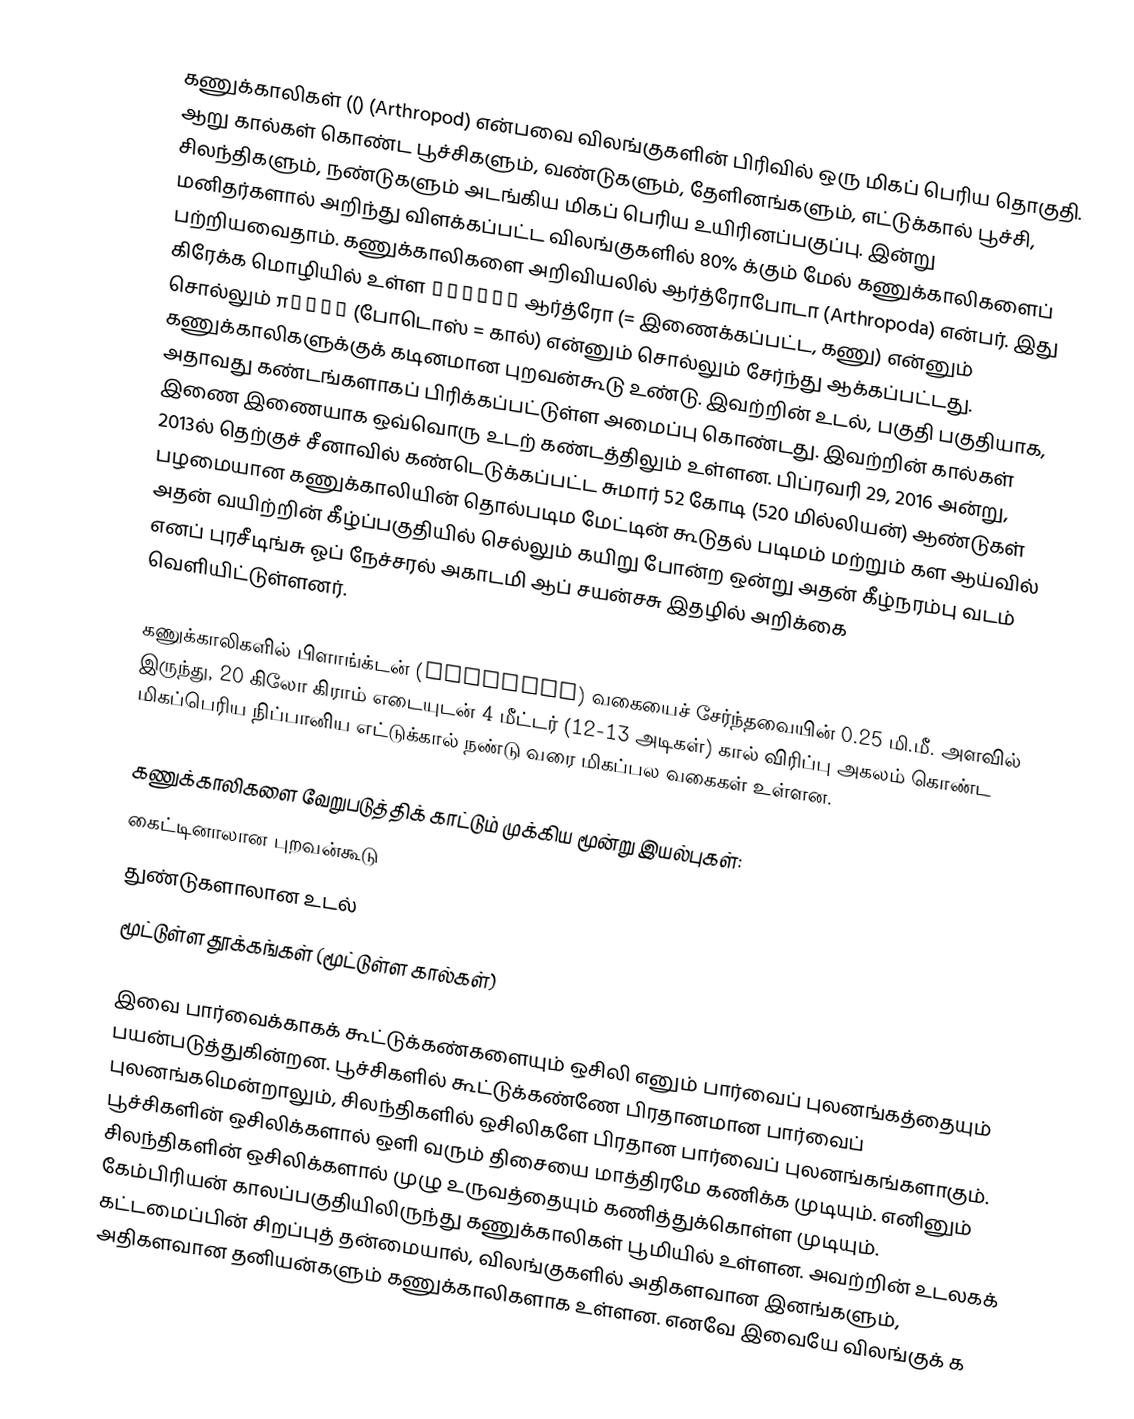
கணுக்காலிகள் (()  (Arthropod) என்பவை விலங்குகளின் பிரிவில் ஒரு மிகப் பெரிய தொகுதி. ஆறு கால்கள் கொண்ட பூச்சிகளும், வண்டுகளும், தேளினங்களும், எட்டுக்கால் பூச்சி, சிலந்திகளும், நண்டுகளும் அடங்கிய மிகப் பெரிய உயிரினப்பகுப்பு. இன்று மனிதர்களால் அறிந்து விளக்கப்பட்ட விலங்குகளில் 80% க்கும் மேல் கணுக்காலிகளைப் பற்றியவைதாம். கணுக்காலிகளை அறிவியலில் ஆர்த்ரோபோடா (Arthropoda) என்பர். இது கிரேக்க மொழியில் உள்ள ἄρθρον ஆர்த்ரோ (= இணைக்கப்பட்ட, கணு) என்னும் சொல்லும் ποδός (போடொஸ் = கால்) என்னும் சொல்லும் சேர்ந்து ஆக்கப்பட்டது. கணுக்காலிகளுக்குக் கடினமான புறவன்கூடு உண்டு. இவற்றின் உடல், பகுதி பகுதியாக, அதாவது கண்டங்களாகப்  பிரிக்கப்பட்டுள்ள அமைப்பு கொண்டது. இவற்றின் கால்கள் இணை இணையாக ஒவ்வொரு உடற் கண்டத்திலும் உள்ளன. பிப்ரவரி 29, 2016 அன்று, 2013ல் தெற்குச் சீனாவில் கண்டெடுக்கப்பட்ட சுமார் 52 கோடி (520 மில்லியன்) ஆண்டுகள் பழமையான கணுக்காலியின் தொல்படிம மேட்டின் கூடுதல் படிமம் மற்றும் கள ஆய்வில் அதன் வயிற்றின் கீழ்ப்பகுதியில் செல்லும் கயிறு போன்ற ஒன்று அதன் கீழ்நரம்பு வடம் எனப் புரசீடிங்சு ஓப் நேச்சரல் அகாடமி ஆப் சயன்சசு இதழில் அறிக்கை வெளியிட்டுள்ளனர்.

கணுக்காலிகளில் பிளாங்க்டன் (plankton) வகையைச் சேர்ந்தவையின் 0.25 மி.மீ. அளவில் இருந்து, 20 கிலோ கிராம் எடையுடன் 4 மீட்டர் (12-13 அடிகள்) கால் விரிப்பு அகலம் கொண்ட மிகப்பெரிய நிப்பானிய எட்டுக்கால் நண்டு வரை மிகப்பல வகைகள் உள்ளன.

கணுக்காலிகளை வேறுபடுத்திக் காட்டும் முக்கிய மூன்று இயல்புகள்:
 கைட்டினாலான புறவன்கூடு
 துண்டுகளாலான உடல்
 மூட்டுள்ள தூக்கங்கள் (மூட்டுள்ள கால்கள்)

இவை பார்வைக்காகக் கூட்டுக்கண்களையும் ஒசிலி எனும் பார்வைப் புலனங்கத்தையும் பயன்படுத்துகின்றன. பூச்சிகளில் கூட்டுக்கண்ணே பிரதானமான பார்வைப் புலனங்கமென்றாலும், சிலந்திகளில் ஒசிலிகளே பிரதான பார்வைப் புலனங்கங்களாகும். பூச்சிகளின் ஒசிலிக்களால் ஒளி வரும் திசையை மாத்திரமே கணிக்க முடியும். எனினும் சிலந்திகளின் ஒசிலிக்களால் முழு உருவத்தையும் கணித்துக்கொள்ள முடியும். கேம்பிரியன் காலப்பகுதியிலிருந்து கணுக்காலிகள் பூமியில் உள்ளன. அவற்றின் உடலகக் கட்டமைப்பின் சிறப்புத் தன்மையால், விலங்குகளில் அதிகளவான இனங்களும், அதிகளவான தனியன்களும் கணுக்காலிகளாக உள்ளன. எனவே இவையே விலங்குக் க